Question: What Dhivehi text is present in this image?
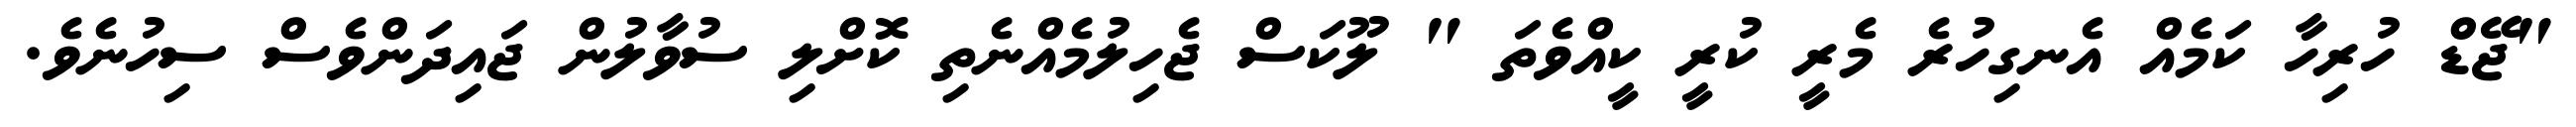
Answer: "ޖޭޑް ހުރިހާ ކަމެއް އެނގިހުރެ މެރީ ކުރީ ކީއްވެތަ " ލޫކަސް ޖެހިލުމެއްނެތި ކޮށްލި ސުވާލުން ޖައިދަންވެސް ސިހުނެވެ.